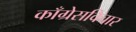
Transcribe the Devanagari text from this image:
काँग्रेसविचार